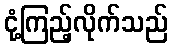
ငုံ့ကြည့်လိုက်သည်